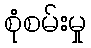
စုံစမ်းမှု